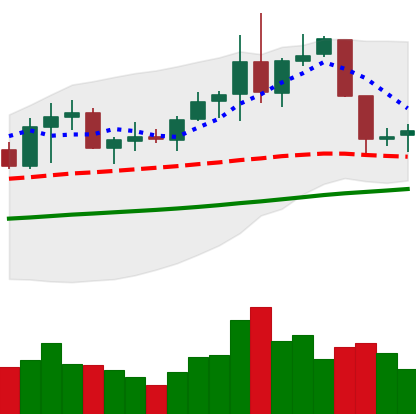
Ticker: NEO-USD
Chart end date: 2019-06-06
Forward return: 5.394%
Label: up_5_7